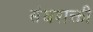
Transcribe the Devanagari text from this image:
संघशक्ती